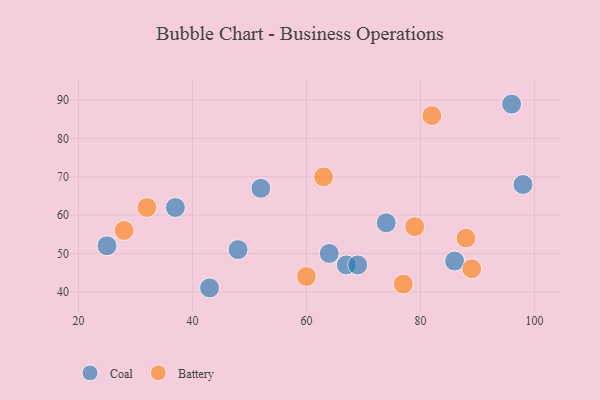
{"axis": {"x": "GDP", "y": "Life Expectancy"}, "legend": ["Battery", "Coal"], "data": [{"x": "52", "y": 67, "type": "Coal"}, {"x": "37", "y": 62, "type": "Coal"}, {"x": "74", "y": 58, "type": "Coal"}, {"x": "86", "y": 48, "type": "Coal"}, {"x": "64", "y": 50, "type": "Coal"}, {"x": "67", "y": 47, "type": "Coal"}, {"x": "43", "y": 41, "type": "Coal"}, {"x": "98", "y": 68, "type": "Coal"}, {"x": "25", "y": 52, "type": "Coal"}, {"x": "69", "y": 47, "type": "Coal"}, {"x": "96", "y": 89, "type": "Coal"}, {"x": "48", "y": 51, "type": "Coal"}, {"x": "89", "y": 46, "type": "Battery"}, {"x": "63", "y": 70, "type": "Battery"}, {"x": "88", "y": 54, "type": "Battery"}, {"x": "79", "y": 57, "type": "Battery"}, {"x": "82", "y": 86, "type": "Battery"}, {"x": "32", "y": 62, "type": "Battery"}, {"x": "60", "y": 44, "type": "Battery"}, {"x": "28", "y": 56, "type": "Battery"}, {"x": "77", "y": 42, "type": "Battery"}]}